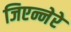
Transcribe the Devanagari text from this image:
जिएन्नेरे